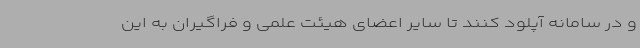
و در سامانه آپلود کنند تا سایر اعضای هیئت علمی و فراگیران به این